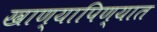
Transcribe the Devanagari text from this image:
खाण्यापिण्यात